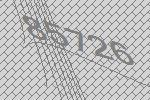
85726